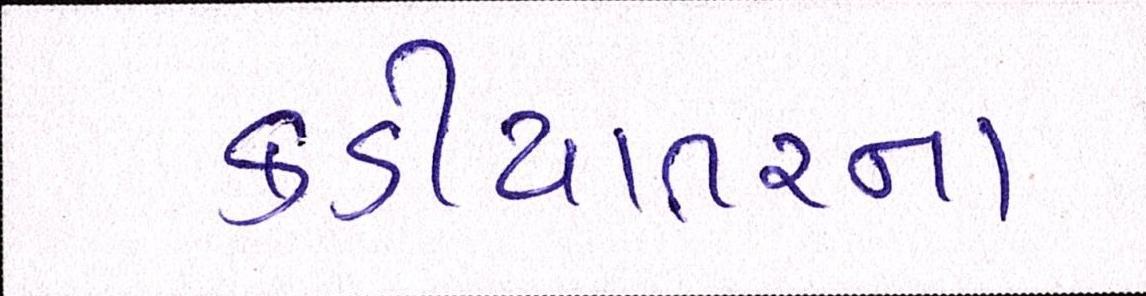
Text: કડીયાતરના